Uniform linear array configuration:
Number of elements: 12
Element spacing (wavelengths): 0.5
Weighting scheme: blackman
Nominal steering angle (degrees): -30
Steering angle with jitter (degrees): -28.172
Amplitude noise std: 0.05
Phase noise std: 0.05

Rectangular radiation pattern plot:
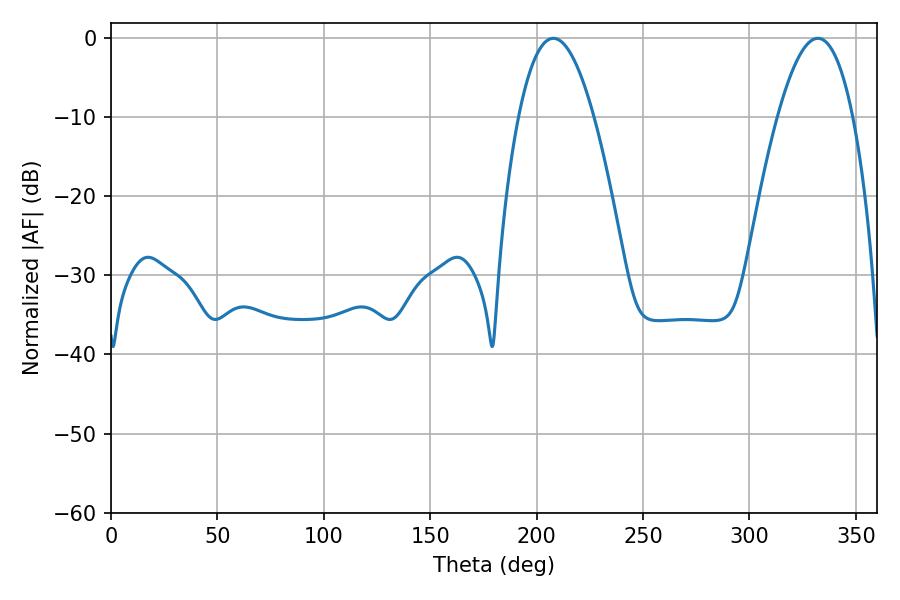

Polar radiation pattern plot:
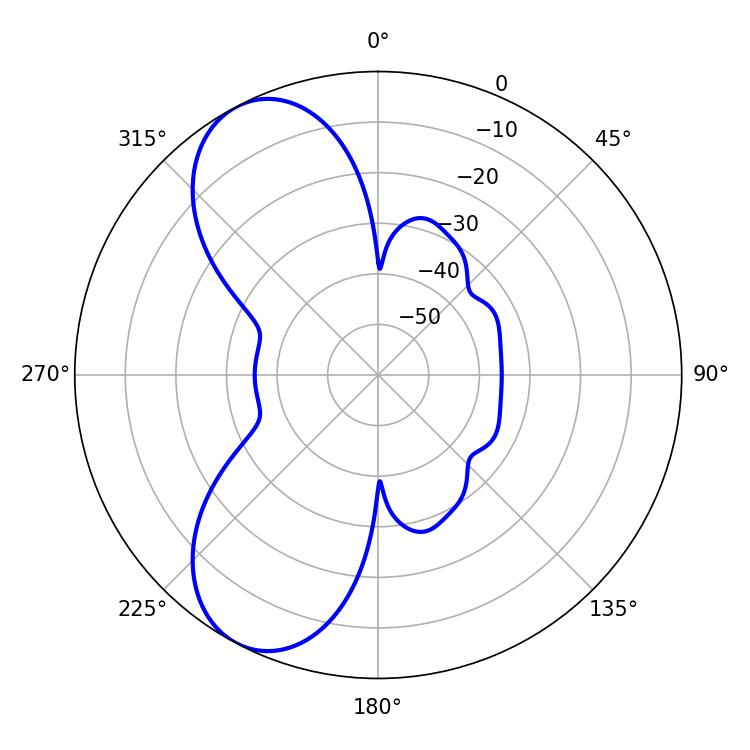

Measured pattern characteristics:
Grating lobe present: FALSE
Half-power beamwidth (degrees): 19.44
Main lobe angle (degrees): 207.9